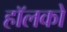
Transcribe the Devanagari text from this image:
हॉलको